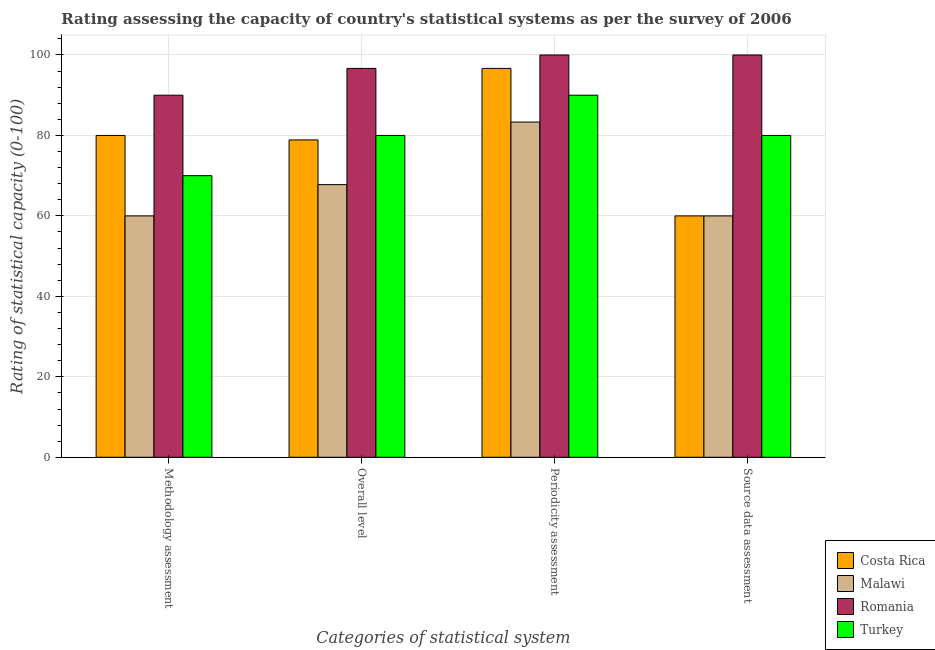
| Categories of statistical system | Costa Rica | Malawi | Romania | Turkey |
 | --- | --- | --- | --- | --- |
 | Methodology assessment | 80 | 60 | 90 | 70 |
 | Overall level | 78.9 | 67.8 | 96.7 | 80 |
 | Periodicity assessment | 96.7 | 83.3 | 100 | 90 |
 | Source data assessment | 60 | 60 | 100 | 80 |